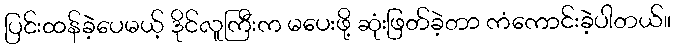
ပြင်းထန်ခဲ့ပေမယ့် ဒိုင်လူကြီးက မပေးဖို့ ဆုံးဖြတ်ခဲ့တာ ကံကောင်းခဲ့ပါတယ်။